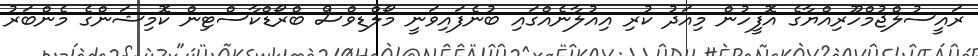
ރައީސުލްޖުމްހޫރިއްޔާގެ އޮފީހުން މިއަދު ކުރި އިއުލާނެއްގައި ބުނެފައިވަނީ މޯލްޑިވްސް ބްރޯޑްކާސްޓިން ކޮމިޝަންގެ މެންބަރު